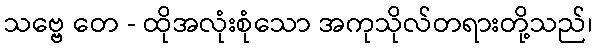
သဗ္ဗေ တေ - ထိုအလုံးစုံသော အကုသိုလ်တရားတို့သည်၊